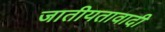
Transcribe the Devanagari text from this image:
जातीयतावादी